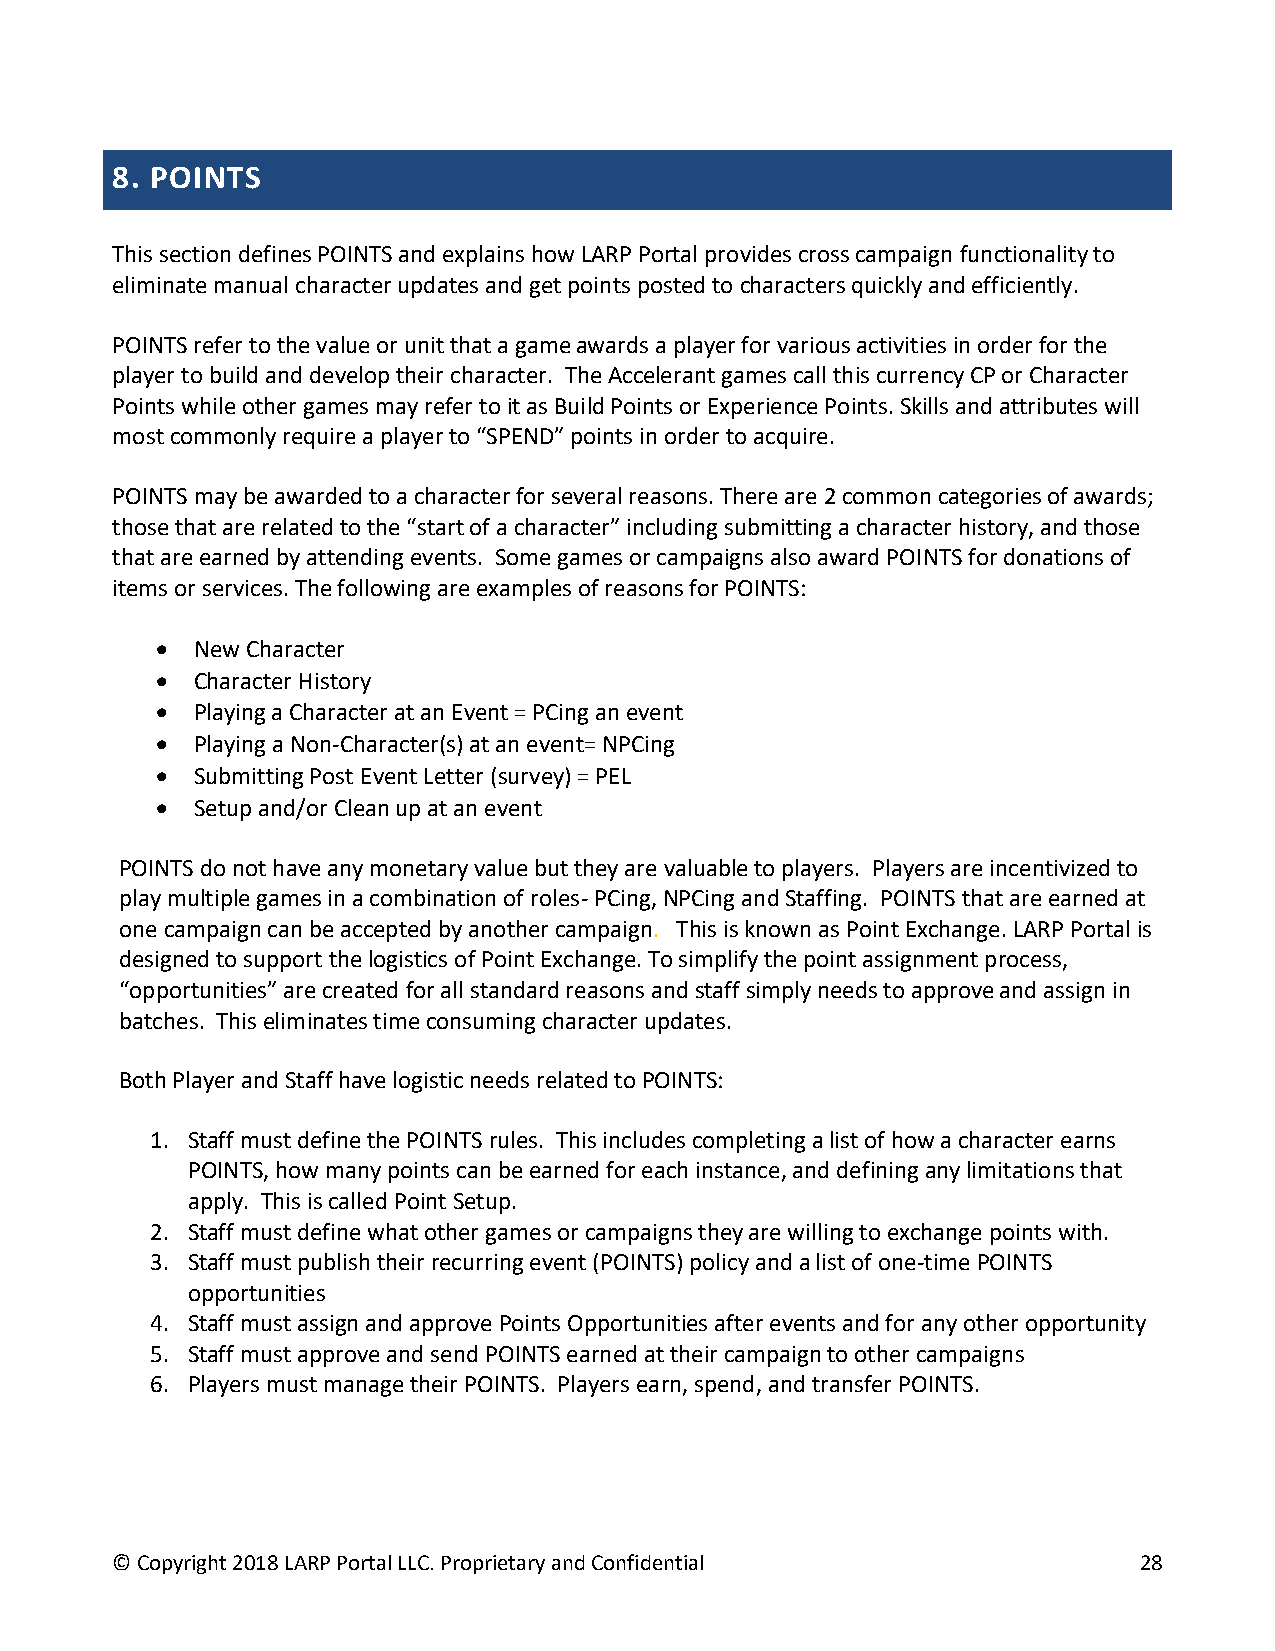
8. POINTS
 This section defines POINTS and explains how LARP Portal provides cross campaign functionality to
 eliminate manual character updates and get points posted to characters quickly and efficiently.
 POINTS refer to the value or unit that a game awards a player for various activities in order for the
 player to build and develop their character. The Accelerant games call this currency CP or Character
 Points while other games may refer to it as Build Points or Experience Points. Skills and attributes will
 most commonly require a player to “SPEND” points in order to acquire.
 POINTS may be awarded to a character for several reasons. There are 2 common categories of awards;
 those that are related to the “start of a character” including submitting a character history, and those
 that are earned by attending events. Some games or campaigns also award POINTS for donations of
 items or services. The following are examples of reasons for POINTS:
 •  New Character
 •  Character History
 •  Playing a Character at an Event = PCing an event
 •  Playing a Non-Character(s) at an event= NPCing
 •  Submitting Post Event Letter (survey) = PEL
 •  Setup and/or Clean up at an event
 POINTS do not have any monetary value but they are valuable to players. Players are incentivized to
 play multiple games in a combination of roles- PCing, NPCing and Staffing. POINTS that are earned at
 one campaign can be accepted by another campaign. This is known as Point Exchange. LARP Portal is
 designed to support the logistics of Point Exchange. To simplify the point assignment process,
 “opportunities” are created for all standard reasons and staff simply needs to approve and assign in
 batches. This eliminates time consuming character updates.
 Both Player and Staff have logistic needs related to POINTS:
 1. Staff must define the POINTS rules. This includes completing a list of how a character earns
 POINTS, how many points can be earned for each instance, and defining any limitations that
 apply. This is called Point Setup.
 2. Staff must define what other games or campaigns they are willing to exchange points with.
 3. Staff must publish their recurring event (POINTS) policy and a list of one-time POINTS
 opportunities
 4. Staff must assign and approve Points Opportunities after events and for any other opportunity
 5. Staff must approve and send POINTS earned at their campaign to other campaigns
 6. Players must manage their POINTS. Players earn, spend, and transfer POINTS.
 © Copyright 2018 LARP Portal LLC. Proprietary and Confidential      28